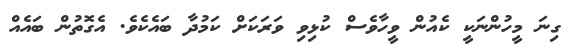
ގިނަ މީހުންނަކީ ކެއުން ވީހާވެސް ކުޅިވި ވަރަކަށް ކަމުދާ ބައެކެވެ. އެގޮތުން ބައެއް